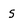
Character: s